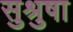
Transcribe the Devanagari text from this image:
सुश्रुषा